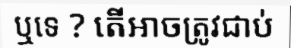
ឬទេ ? តើអាចត្រូវជាប់